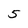
Character: 5